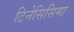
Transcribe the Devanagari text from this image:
टिनेसिसिमा